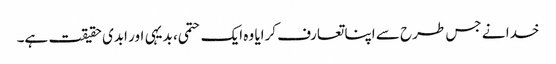
خدا نے جس طرح سے اپنا تعارف کرایا وہ ایک حتمی، بدیہی اور ابدی حقیقت ہے۔